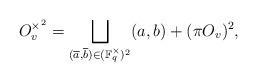
LaTeX: \begin{align*}O_v^{\times^ 2} =\bigsqcup_{(\overline{a},\overline{b}) \in (\mathbb{F}_q^{\times})^2}(a,b)+(\pi O_v)^2,\end{align*}